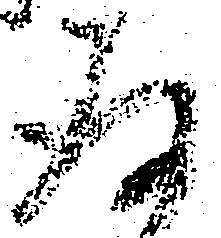
存